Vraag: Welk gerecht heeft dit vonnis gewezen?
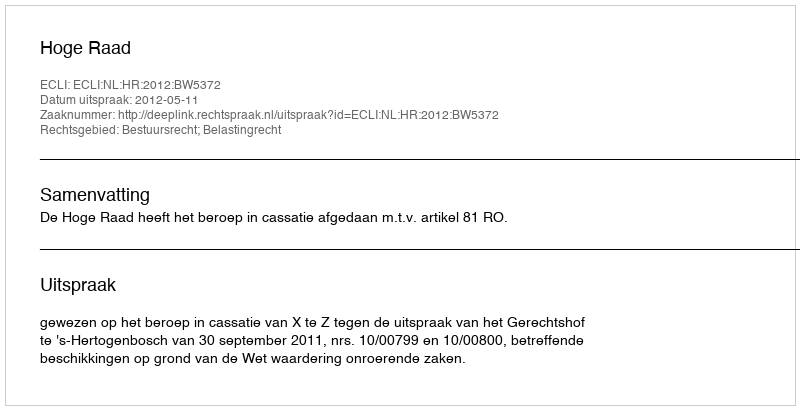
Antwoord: Hoge Raad